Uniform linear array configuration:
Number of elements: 64
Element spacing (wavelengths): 0.25
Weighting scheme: blackman
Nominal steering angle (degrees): -45
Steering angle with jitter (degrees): -46.13
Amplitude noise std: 0.05
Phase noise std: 0.05

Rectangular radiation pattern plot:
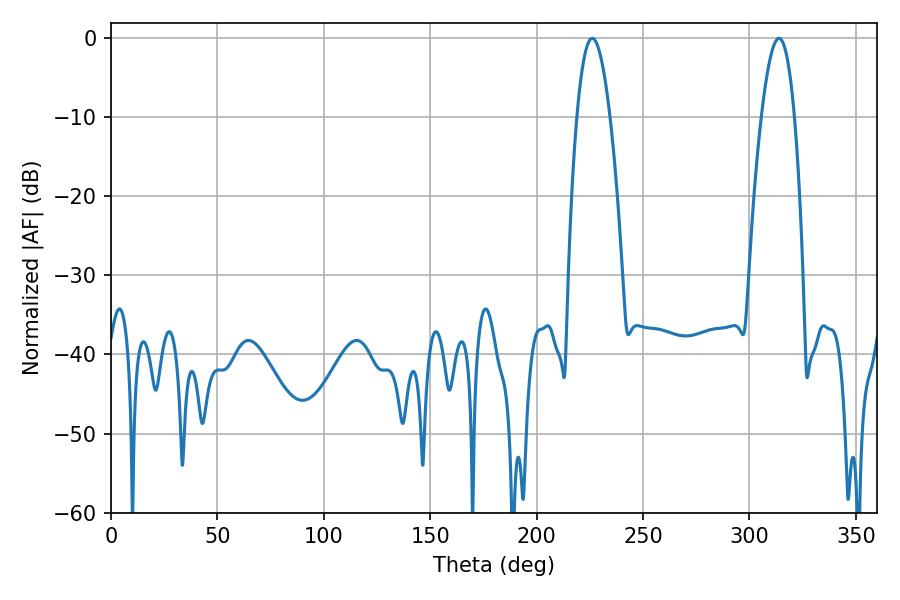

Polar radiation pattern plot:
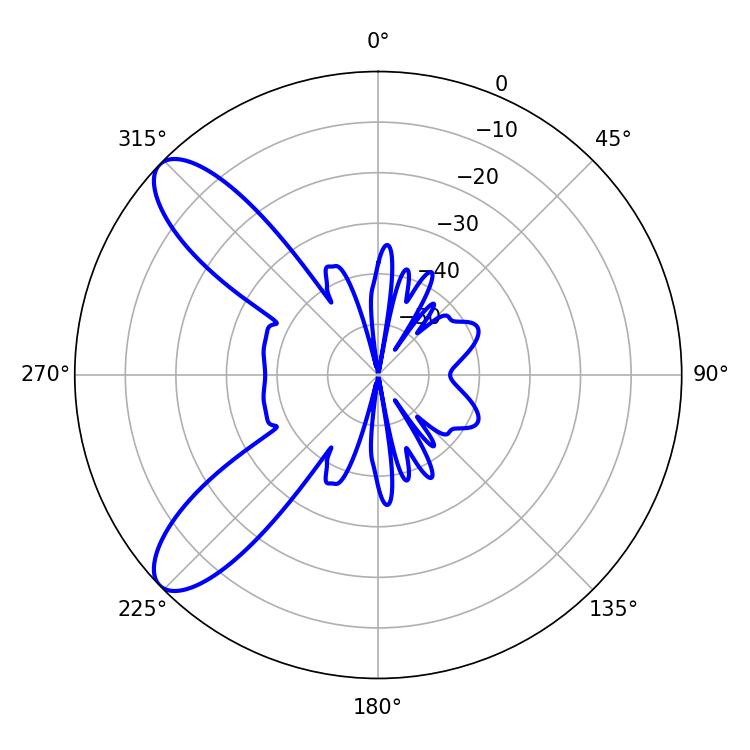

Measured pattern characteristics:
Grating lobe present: FALSE
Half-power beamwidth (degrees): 8.46
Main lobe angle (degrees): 226.08